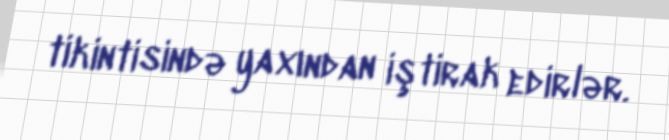
tikintisində yaxından iştirak edirlər.